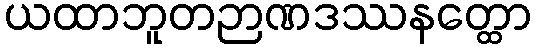
ယထာဘူတဉာဏဒဿနတ္ထော